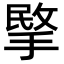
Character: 𢰞